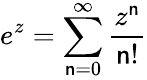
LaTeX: e^{z}=\sum_{\mathsf{n}=0}^{\infty}{\frac{{z^{\mathsf{n}}}}{{\mathsf{n}!}}}